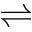
\rightleftharpoons